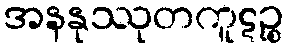
အနနုဿုတကူဋဉ္စ